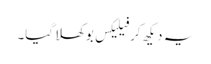
یہ دیکھ کر فیلیکس بوکھلا گیا۔